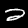
Digit: 2